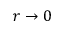
r \rightarrow 0